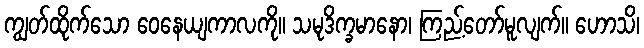
ကျွတ်ထိုက်သော ဝေနေယျကာလကို။ သမုဒိက္ခမာနော၊ ကြည့်တော်မူလျက်။ ဟောသိ၊